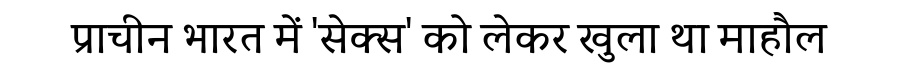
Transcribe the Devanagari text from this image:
प्राचीन भारत में 'सेक्स' को लेकर खुला था माहौल